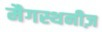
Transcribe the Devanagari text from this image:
मैगस्थनीज़